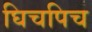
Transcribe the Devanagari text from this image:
घिचपिच